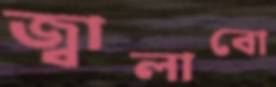
জ্বালাবো